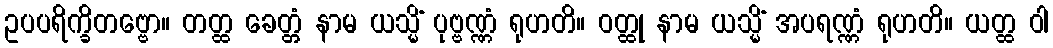
ဥပပရိက္ခိတဗ္ဗော။ တတ္ထ ခေတ္တံ နာမ ယသ္မိံ ပုဗ္ဗဏ္ဏံ ရုဟတိ။ ဝတ္ထု နာမ ယသ္မိံ အပရဏ္ဏံ ရုဟတိ။ ယတ္ထ ဝါ